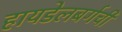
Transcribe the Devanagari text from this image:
हायडेलबर्गची